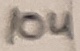
Text: 10u